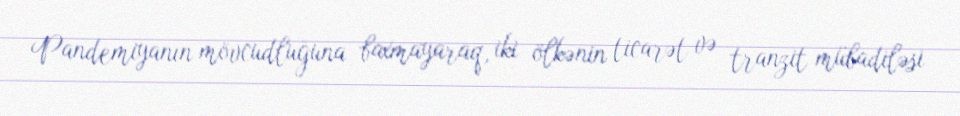
Pandemiyanın mövcudluğuna baxmayaraq, iki ölkənin ticarət və tranzit mübadiləsi